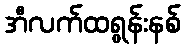
အီလက်ထရွန်းနစ်